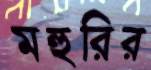
মহুরির